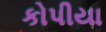
કોપીયા